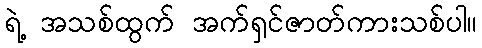
ရဲ့ အသစ်ထွက် အက်ရှင်ဇာတ်ကားသစ်ပါ။